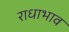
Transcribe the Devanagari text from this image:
राधाभाव